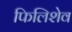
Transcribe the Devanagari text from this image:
फिलिशेव